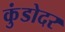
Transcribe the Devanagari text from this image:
कुंडोदर